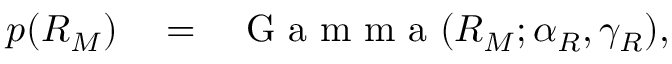
\begin{array} { r l r } { p ( R _ { M } ) } & { { } = } & { \mathrm { ~ G ~ a ~ m ~ m ~ a ~ } ( R _ { M } ; \alpha _ { R } , \gamma _ { R } ) , } \end{array}